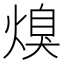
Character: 𭵩